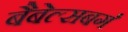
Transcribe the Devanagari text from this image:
बैबेल्सबर्ग